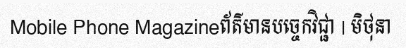
Mobile Phone Magazineព័ត៌មានបច្ចេកវិជ្ជា | មិថុនា